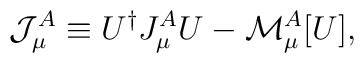
{\mathcal J}^{A}_{\mu} \equiv U^{\dagger}J^{A}_{\mu}U - {\mathcal M}^{A}_{\mu}[U],